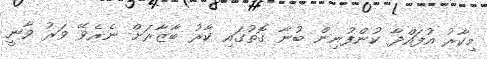
މިކާރު އުފައްދާ ކުންފުނިން ބުނާ ގޮތުގައި ކާރު ބާޒާރަށް ނެރެވޭ ވަރު ވާނީ